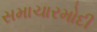
સમાચારમોદી